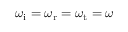
\omega _ { \mathrm { i } } = \omega _ { \mathrm { r } } = \omega _ { \mathrm { t } } = \omega